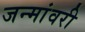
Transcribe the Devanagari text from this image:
जन्मांवरी